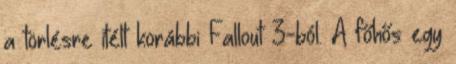
a törlésre ítélt korábbi Fallout 3-ból. A főhős egy